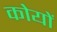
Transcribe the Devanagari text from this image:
कोयों